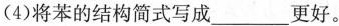
(4)将苯的结构简式写成___更好。